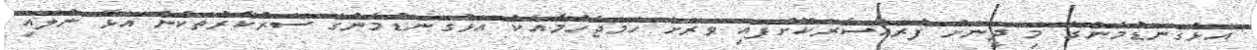
"އަޅުގަނޑުމެންގެ މި ދީނަށް ފުރައްސާރަކޮށްފައި ވަރަށް ހަމަޖެހުމާއެކު އަޅުގަނޑުމެންގެ ސަރުކާރުތަކުން އަޅާ ނުލައި